Vaccine operations Central Provinces 1868-1885 - 1868-1885
Year: 1868
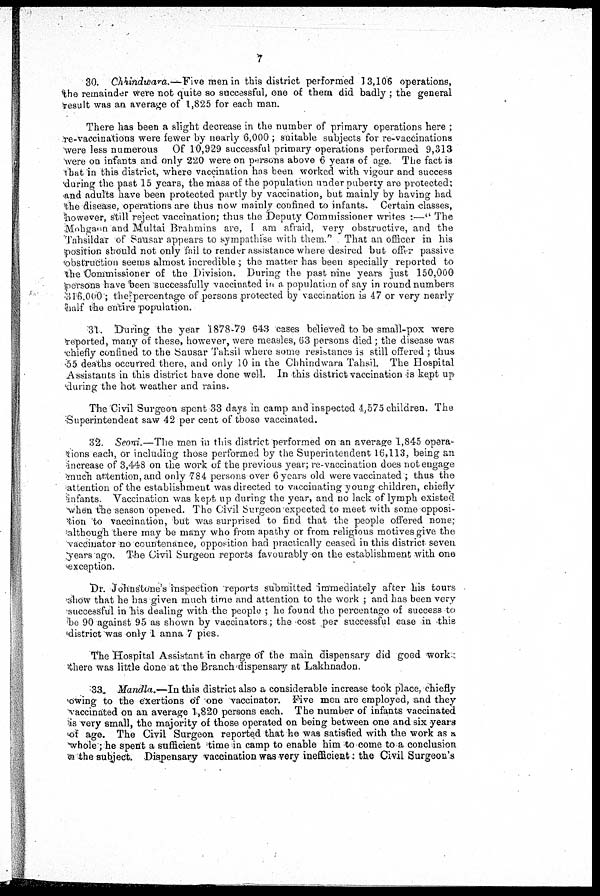
7
30. Chhindwara.—Five men in this district performed 13,106 operations,
the remainder were not quite so successful, one of them did badly ; the general
result was an average of 1,825 for each man.
There has been a slight decrease in the number of primary operations here ;
re-vaccinations were fewer by nearly 6,000 ; suitable subjects for re-vaccinations
were less numerous Of 10,929 successful primary operations performed 9,313
were on infants and only 220 were on persons above 6 years of age. The fact is
that in this district, where vaccination has been worked with vigour and success
during the past 15 years, the mass of the population under puberty are protected:
and adults have been protected partly by vaccination, but mainly by having had
the disease, operations are thus now mainly confined to infants. Certain classes,
however, still reject vaccination; thus the Deputy Commissioner writes :—" The
Mohgaon and Multai Brahmins are, I am afraid, very obstructive, and the
Tahsildar of Sausar appears to sympathise with them." That an officer in his
position should not only fail to render assistance where desired but offer passive
obstruction seems almost incredible ; the matter has been specially reported to
the Commissioner of the Division. During the past nine years just 150,000
persons have been successfully vaccinated in a population of say in round numbers
316,000; the percentage of persons protected by vaccination is 47 or very nearly
half the entire population.
31. During the year 1878-79 643 cases believed to be small-pox were
reported, many of these, however, were measles, 63 persons died ; the disease was
chiefly confined to the Sausar Tahsil where some resistance is still offered ; thus
55 deaths occurred there, and only 10 in the Chhindwara Tahsil. The Hospital
Assistants in this district have done well. In this district vaccination is kept up
during the hot weather and rains.
The Civil Surgeon spent 33 days in camp and inspected 4,575 children. The
Superintendent saw 42 per cent of those vaccinated.
32. Seoni—The men in this district performed on an average 1,845 opera-
tions each, or including those performed by the Superintendent 16,113, being an
increase of 3,448 on the work of the previous year; re-vaccination does not engage
much attention, and only 784 persons over 6 years old were vaccinated ; thus the
attention of the establishment was directed to vaccinating young children, chiefly
infants. Vaccination was kept up during the year, and no lack of lymph existed
when the season opened. The Civil Surgeon expected to meet with some opposi-
tion to vaccination, but was surprised to find that the people offered none;
although there may be many who from apathy or from religious motives give the
vaccinator no countenance, opposition had practically ceased in this district seven
years ago. The Civil Surgeon reports favourably on the establishment with one
exception.
Dr. Johnstone's inspection reports submitted immediately after his tours
show that he has given much time and attention to the work ; and has been very
successful in his dealing with the people ; he found the percentage of success to
be 90 against 95 as shown by vaccinators; the cost per successful case in this
district was only 1 anna 7 pies.
The Hospital Assistant in charge of the main dispensary did good work
there was little done at the Branch dispensary at Lakhnadon.
33. Mandla.—In this district also a considerable increase took place, chiefly
owing to the exertions of one vaccinator. Five men are employed, and they
vaccinated on an average 1,820 persons each. The number of infants vaccinated
is very small, the majority of those operated on being between one and six years
of age. The Civil Surgeon reported that he was satisfied with the work as a
whole; he spent a sufficient time in camp to enable him to come to a conclusion
on the subject. Dispensary vaccination was very inefficient: the Civil Surgeon's